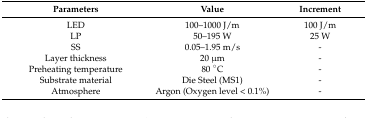
<table><thead><tr><td><b>Parameters</b></td><td><b>Value</b></td><td><b>Increment</b></td></tr></thead><tbody><tr><td>LED</td><td>100–1000 J/m</td><td>100 J/m</td></tr><tr><td>LP</td><td>50–195 W</td><td>25 W</td></tr><tr><td>SS</td><td>0.05–1.95 m/s</td><td>-</td></tr><tr><td>Layer thickness</td><td>20 μm</td><td>-</td></tr><tr><td>Preheating temperature</td><td>80 °C</td><td>-</td></tr><tr><td>Substrate material</td><td>Die Steel (MS1)</td><td>-</td></tr><tr><td>Atmosphere</td><td>Argon (Oxygen level &lt; 0.1%)</td><td>-</td></tr></tbody></table>